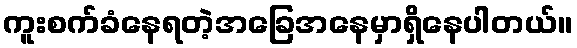
ကူးစက်ခံနေရတဲ့အခြေအနေမှာရှိနေပါတယ်။